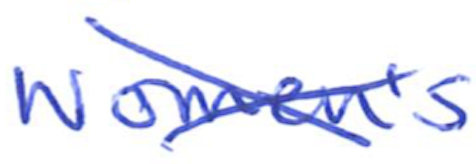
Text: Women's
Cross-out: mix
Writing tool: ballpoint